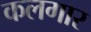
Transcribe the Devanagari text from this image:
कलगार